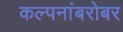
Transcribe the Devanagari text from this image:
कल्पनांबरोबर